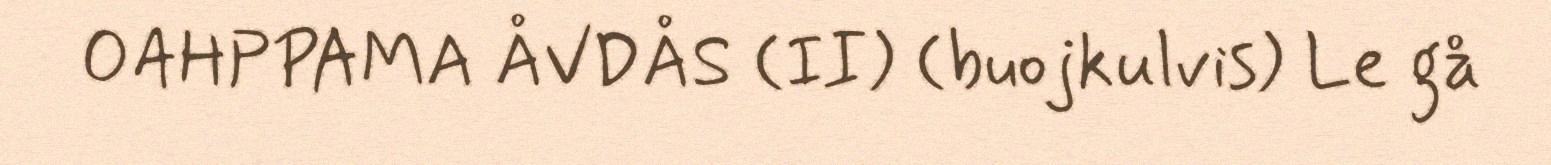
OAHPPAMA ÅVDÅS (II) (buojkulvis) Le gå